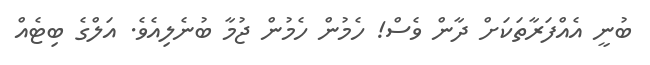
ބުނީ އެއްފަރާތަކަށް ދާން ވެސް! ހެމުން ހެމުން ޖުމާ ބުނެލިއެވެ. އަލްގެ ބިޓެއް